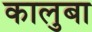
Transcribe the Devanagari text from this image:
कालुबा